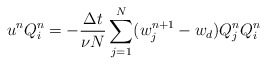
\begin{align*}u^n Q_i^n = -\frac{\Delta t}{\nu N} \sum_{j=1}^N(w_j^{n+1}-w_d)Q^n_j Q_i^n\end{align*}